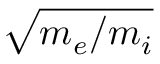
\sqrt { m _ { e } / m _ { i } }